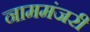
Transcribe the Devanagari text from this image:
नाममंजरी